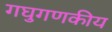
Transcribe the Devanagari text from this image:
गघुगणकीय